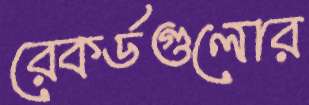
রেকর্ডগুলোর